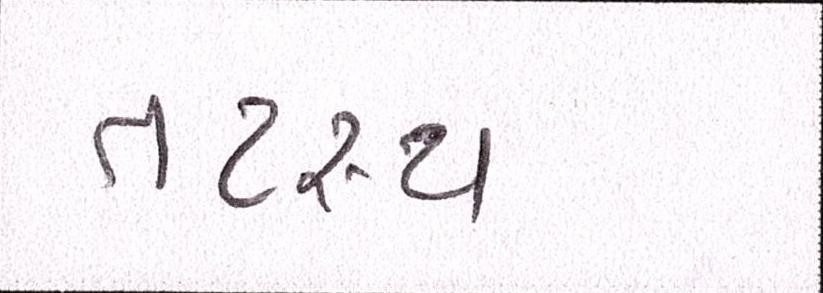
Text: તટસ્થ